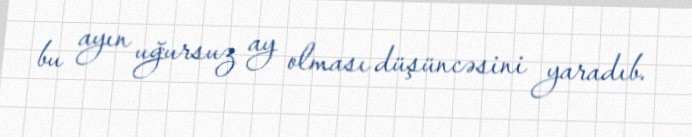
bu ayın uğursuz ay olması düşüncəsini yaradıb.